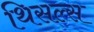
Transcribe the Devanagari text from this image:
थिसल्स